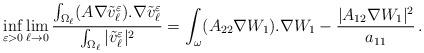
LaTeX: \begin{align*} \inf_{\varepsilon>0} \lim_{\ell\to0}\frac{\int_{\Omega_\ell} (A\nabla \tilde v_\ell^\varepsilon). \nabla \tilde v_\ell^\varepsilon}{\int_{\Omega_\ell}|\tilde v_\ell^\varepsilon|^2}=\int_{\omega}(A_{22}\nabla W_1).\nabla W_1-\frac{|A_{12}\nabla W_1|^2}{a_{11}}\,. \end{align*}